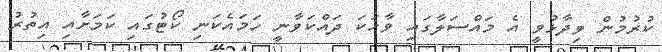
ކުރުމުން ވިދާޅުވީ އެ މައްސަލާގައި ވާހަކަ ދައްކަވާނީ ހަމައެކަނި ކޯޓުގައި ކަމަށާއި އިތުރު